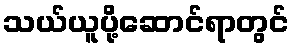
သယ်ယူပို့ဆောင်ရာတွင်